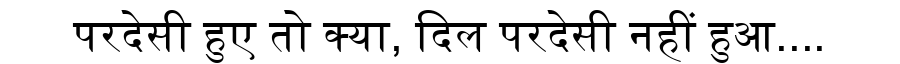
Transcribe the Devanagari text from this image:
परदेसी हुए तो क्या, दिल परदेसी नहीं हुआ....